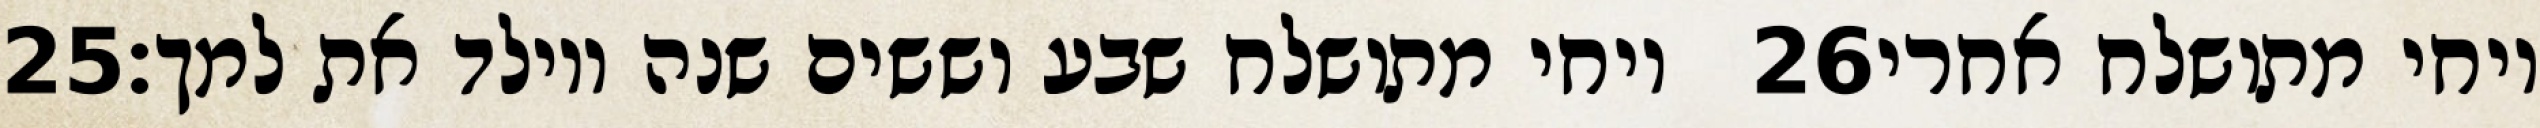
‎25‏ ויחי מתושלח שבע וששים שנה ויולד את למך׃ ‎26‏ ויחי מתושלח אחרי